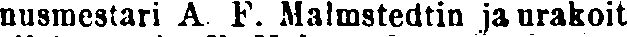
nusmestari A. F. Malmstedtin ja urakoit